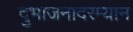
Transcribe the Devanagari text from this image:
दुभाजनादरम्यान